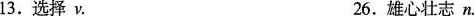
13.选择v. 26.雄心壮志n.